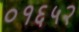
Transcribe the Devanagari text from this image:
०१६५२